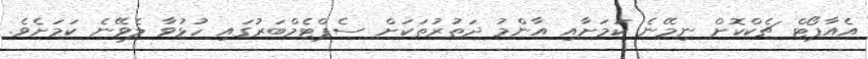
އެއާޕޯޓް ޗެކްކޮށް ނިމޭނެ ކަމަށާއި އާންމު ދަތުރުތަކަށް ސެޕްޓެމްބަރުގައި ހުޅުވާ ލެވޭނެ ކަމަށެވެ.